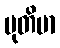
မုတိမာ